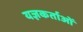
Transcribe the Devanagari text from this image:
यज्ञकर्ताओं